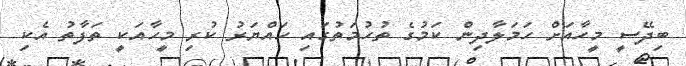
ބިދޭސީ މީހާއަށް ހަމަލާދިން ކަމުގެ ތުހުމަތުގައި ހައްޔަރު ކުރި މީހާއަކީ ތަފާތު އެކި